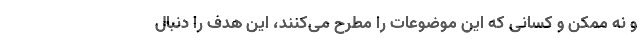
و نه ممکن و کسانی که این موضوعات را مطرح می‌کنند، این هدف را دنبال